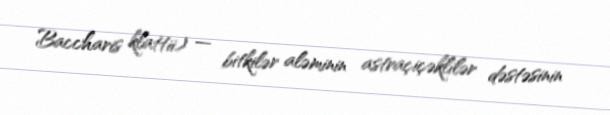
Baccharis klattii) — bitkilər aləminin astraçiçəklilər dəstəsinin